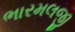
ભારમલજી